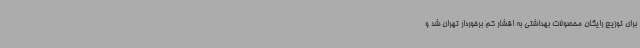
برای توزیع رایگان محصولات بهداشتی به اقشار کم برخوردار تهران شد و